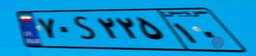
۷۵S۹۱۱۹۸